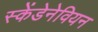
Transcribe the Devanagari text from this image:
स्केंडेनेवियन